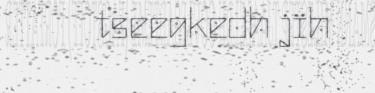
tseegkedh jïh